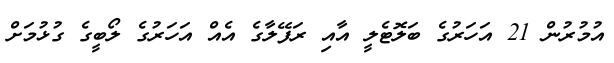
އުމުރުން 21 އަހަރުގެ ބަލޮޓެލީ އާއި ރަފޭލާގެ އެއް އަހަރުގެ ލޯބީގެ ގުޅުމަށް